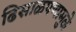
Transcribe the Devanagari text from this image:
ढिसाळपणामुळे